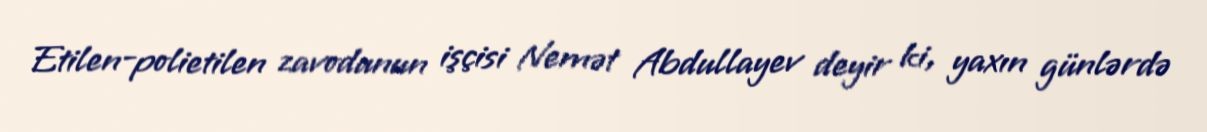
Etilen-polietilen zavodunun işçisi Nemət Abdullayev deyir ki, yaxın günlərdə